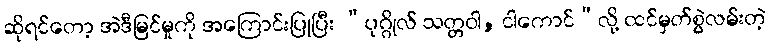
ဆိုရင်တော့ အဲဒီမြင်မှုကို အကြောင်းပြုပြီး “ပုဂ္ဂိုလ် သတ္တဝါ, ငါကောင်”လို့ ထင်မှတ်စွဲလမ်းတဲ့